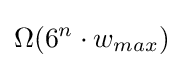
\Omega (6^{n}\cdot w_{max})